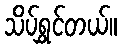
သိပ်ရွှင်တယ်။